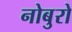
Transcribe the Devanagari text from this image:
नोबुरो